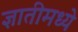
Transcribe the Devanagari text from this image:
ज्ञातीमध्ये